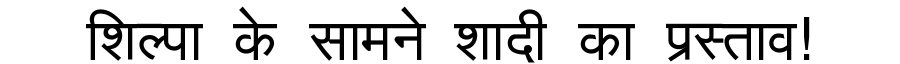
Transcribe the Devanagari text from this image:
शिल्पा के सामने शादी का प्रस्ताव!